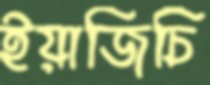
ইয়াজিচি